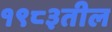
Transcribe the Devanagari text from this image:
१९८३तील